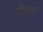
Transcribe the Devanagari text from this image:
श्रीमन्